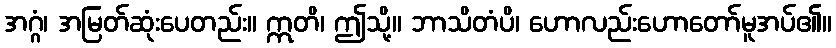
အဂ္ဂံ၊ အမြတ်ဆုံးပေတည်း။ ဣတိ၊ ဤသို့။ ဘာသိတံပိ၊ ဟောလည်းဟောတော်မူအပ်၏။